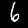
Label: 6